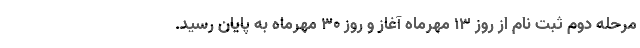
مرحله دوم ثبت نام از روز ۱۳ مهرماه آغاز و روز ۳۰ مهرماه به پایان رسید.